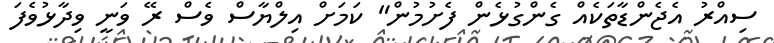
ސިއްރު އެޖެންޑާތަކެއް ގެންގުޅެން ފެށުމުން" ކަމަށް އިލްޔާސް ވެސް ރޭ ވަނީ ވިދާޅުވެފަ